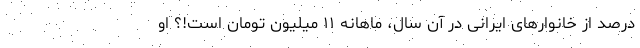
درصد از خانوارهای ایرانی در آن سال، ماهانه ۱۱ میلیون تومان است!؟ او